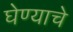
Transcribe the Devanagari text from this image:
घेण्‍याचे